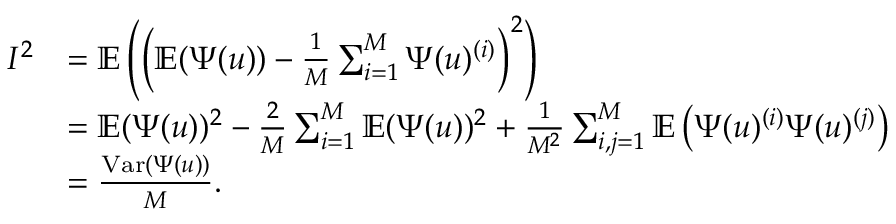
\begin{array} { r l } { I ^ { 2 } } & { = \mathbb { E } \left( \left( \mathbb { E } ( \Psi ( u ) ) - \frac { 1 } { M } \sum _ { i = 1 } ^ { M } \Psi ( u ) ^ { ( i ) } \right) ^ { 2 } \right) } \\ & { = \mathbb { E } ( \Psi ( u ) ) ^ { 2 } - \frac { 2 } { M } \sum _ { i = 1 } ^ { M } \mathbb { E } ( \Psi ( u ) ) ^ { 2 } + \frac { 1 } { M ^ { 2 } } \sum _ { i , j = 1 } ^ { M } \mathbb { E } \left( \Psi ( u ) ^ { ( i ) } \Psi ( u ) ^ { ( j ) } \right) } \\ & { = \frac { \mathrm { V a r } ( \Psi ( u ) ) } { M } . } \end{array}